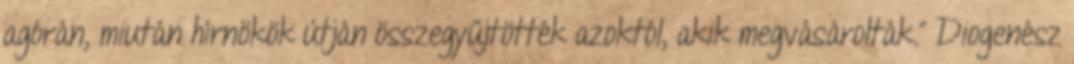
agórán, miután hírnökök útján összegyűjtötték azoktól, akik megvásárolták.” Diogenész